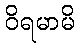
ဝိရမာမိ